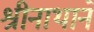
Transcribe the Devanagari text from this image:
श्रीनाथाने